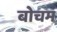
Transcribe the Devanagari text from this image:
बोचम